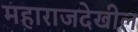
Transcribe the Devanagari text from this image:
महाराजदेखील